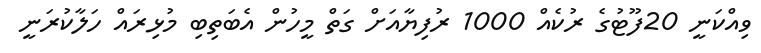
ވިއްކަނީ 20ފޫޓުގެ ރުކެއް 1000 ރުފިޔާއަށް ގަތް މީހުން އެބަތިބި މުޅިރައް ހަލާކުރަނީ